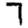
Digit: 7